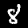
Label: 8